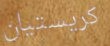
كريستيان